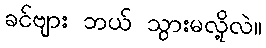
ခင်ဗျား ဘယ် သွားမလို့လဲ။